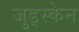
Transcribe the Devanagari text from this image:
जुड्स्केन